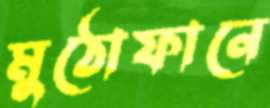
মুঠোফানে